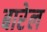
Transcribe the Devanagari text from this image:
बारेल